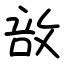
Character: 敨